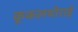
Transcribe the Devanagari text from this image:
कूकलथोराई